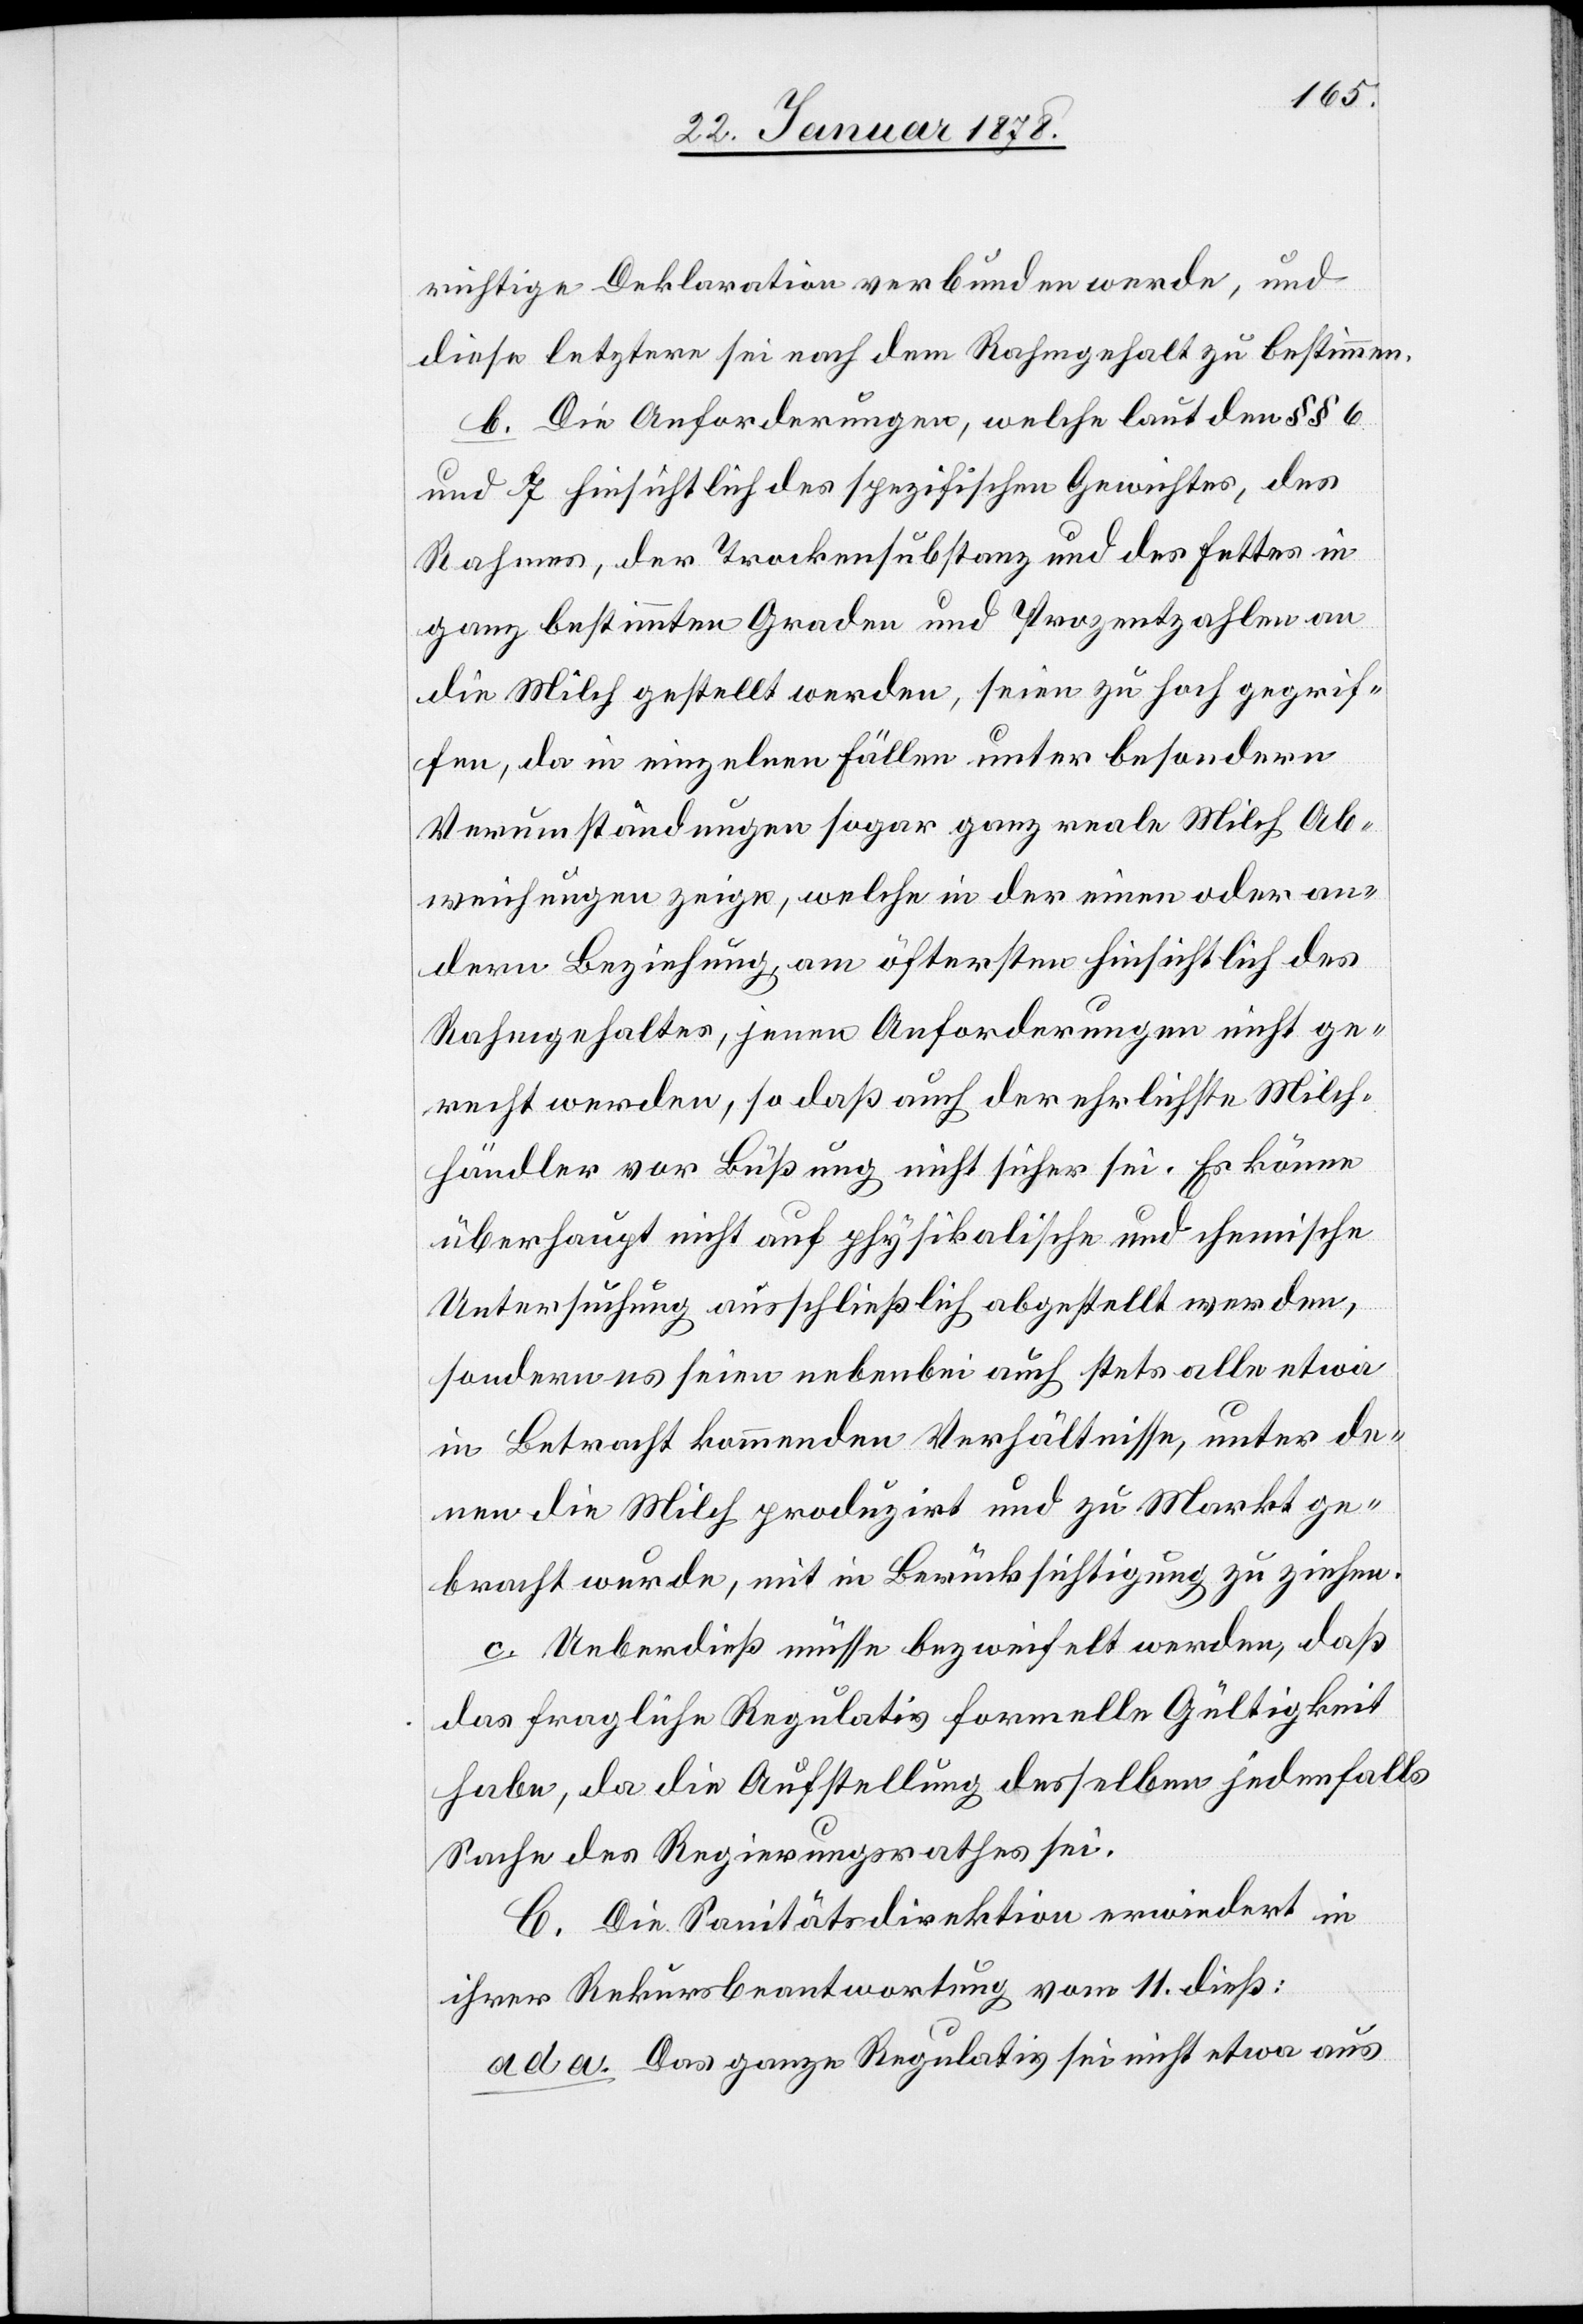
richtige Deklaration verbunden werde, und
diese letztere sei nach dem Rahmgehalt zu bestimmen.
b. Die Anforderungen, welche laut den §§ 6
und 7 hinsichtlich des spezifischen Gewichtes, des
Rahmes, der Trackensubstanz und des Fettes in
ganz bestimmten Graden und Prozentzahlen an
die Milch gestellt werden, seien zu hoch gegrif¬
fen, da in einzelnen Fällen unter besondern
Verumständungen sogar ganz reale Milch Ab¬
weichungen zeige, welche in der einen oder an¬
dern Beziehung, am öftersten hinsichtlich des
Rahmgehaltes, jenen Anforderungen nicht ge¬
recht werde, so daß auch der ehrlichste Milch¬
händler vor Büßung nicht sicher sei. Es könne
überhaupt nicht auf physikalische und chemische
Untersuchung ausschließich abgestellt werden,
sondern es seien nebenbei auch stets alle etwa
in Betracht kommenden Verhältnisse, unter de¬
nen die Milch produzirt und zu Markt ge¬
bracht wurde, mit in Berücksichtigung zu ziehen.
c. Ueberdieß müsse bezweifelt werden, daß
das fragliche Regulativ formelle Gültigkeit
habe, da die Aufstellung desselben jedenfalls
Sache des Regierungsrathes sei.
B. Die Sanitätsdirektion erwiedert in
ihrer Rekursbeantwortung vom 11. dieß:
ad a. Das ganze Regulativ sei nicht etwa aus